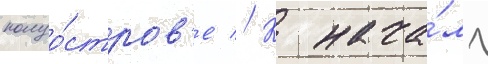
полуо́стров'е // К нача́лу